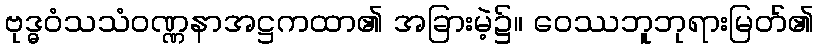
ဗုဒ္ဓဝံသသံဝဏ္ဏနာအဋ္ဌကထာ၏ အခြားမဲ့၌။ ဝေဿဘူဘုရားမြတ်၏